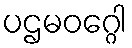
ပဌမဝဂ္ဂေါ